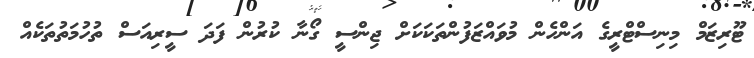
ޓޫރިޒަމް މިނިސްޓްރީގެ އަންހެން މުވައްޒަފުންތަކަކަށް ޖިންސީ ގޯނާ ކުރުން ފަދަ ސީރިއަސް ތުހުމަތުތަކެއް